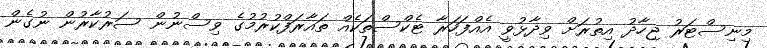
މިނިސްޓަރު ޖިހާދު އިތުރަށް ވިދާޅުވީ އެއްފަހަރާ ޓެކްސްތަކެއް ތައާރަފްކުރުމުގެ ވިސްނުން ސަރުކާރުން ނުގެން